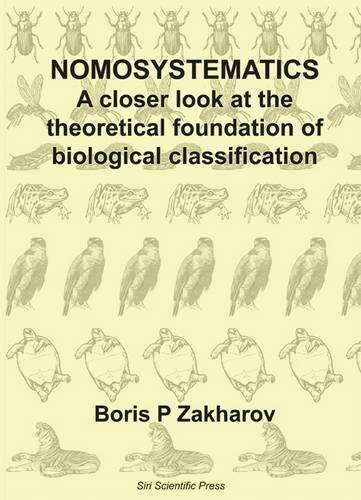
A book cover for Nomosystematics: A Closer Look at the Theoretical Foundation of Biological Classification; Boris P. Zakharov; Science & Math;